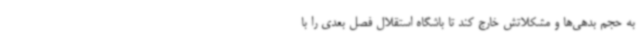
به حجم بدهی‌ها و مشکلاتش خارج کند تا باشگاه استقلال فصل بعدی را با